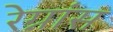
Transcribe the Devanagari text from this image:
रेग्नांस